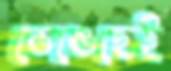
ভেঙেছেই